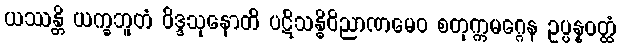
ယဿန္တိ ယက္ခဘူတံ ဝိဒ္ဒသုနောတိ ပဋိသန္ဓိဝိညာဏမေဝ စတုက္ကမဂ္ဂေန ဥပ္ပန္နဝတ္ထံ